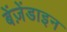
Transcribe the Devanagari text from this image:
बेंज़ेंडाइन